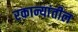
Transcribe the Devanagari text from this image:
रकान्यांतील